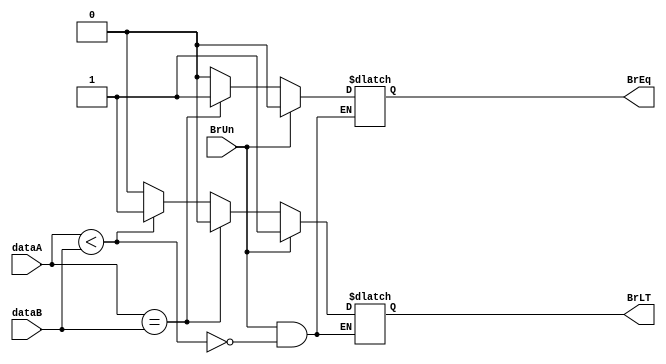
module BranchComp(
	input [31:0] dataA, 
	input [31:0] dataB,
	input BrUn, 
	output reg BrEq,
	output reg BrLT); 

	always @* begin
	if (BrUn == 1) begin
		if ($unsigned(dataA) < $unsigned(dataB)) begin
			BrEq <= 0;
			BrLT <= 1;
		end
	end
	else begin
		if (dataA == dataB) begin
			BrEq <= 1;
			BrLT <= 0;
		end
		else if (dataA < dataB) begin
			BrEq <= 0;
			BrLT <= 1;
		end
		else begin
			BrEq <= 0;
			BrLT <= 0;
		end
	end
	end
endmodule